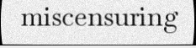
miscensuring